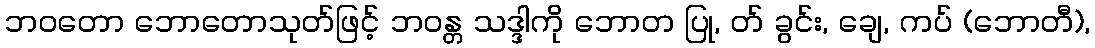
ဘဝတော ဘောတောသုတ်ဖြင့် ဘဝန္တ သဒ္ဒါကို ဘောတ ပြု, တ် ခွင်း, ချေ, ကပ် (ဘောတီ),